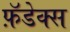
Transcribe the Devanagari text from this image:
फ़ॅडेक्स